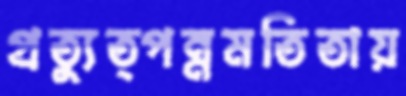
প্রত্যুত্পন্নমতিতায়